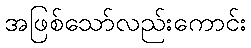
အဖြစ်သော်လည်းကောင်း